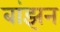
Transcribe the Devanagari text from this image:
बांझन